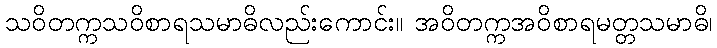
သဝိတက္ကသဝိစာရသမာဓိလည်းကောင်း။ အဝိတက္ကအဝိစာရမတ္တသမာဓိ၊